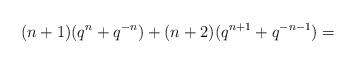
LaTeX: \begin{align*}(n+1)(q^n+q^{-n})+(n+2)(q^{n+1}+q^{-n-1})=\end{align*}